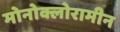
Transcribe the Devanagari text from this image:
मोनोक्लोरामीन